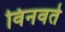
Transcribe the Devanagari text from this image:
विनवते